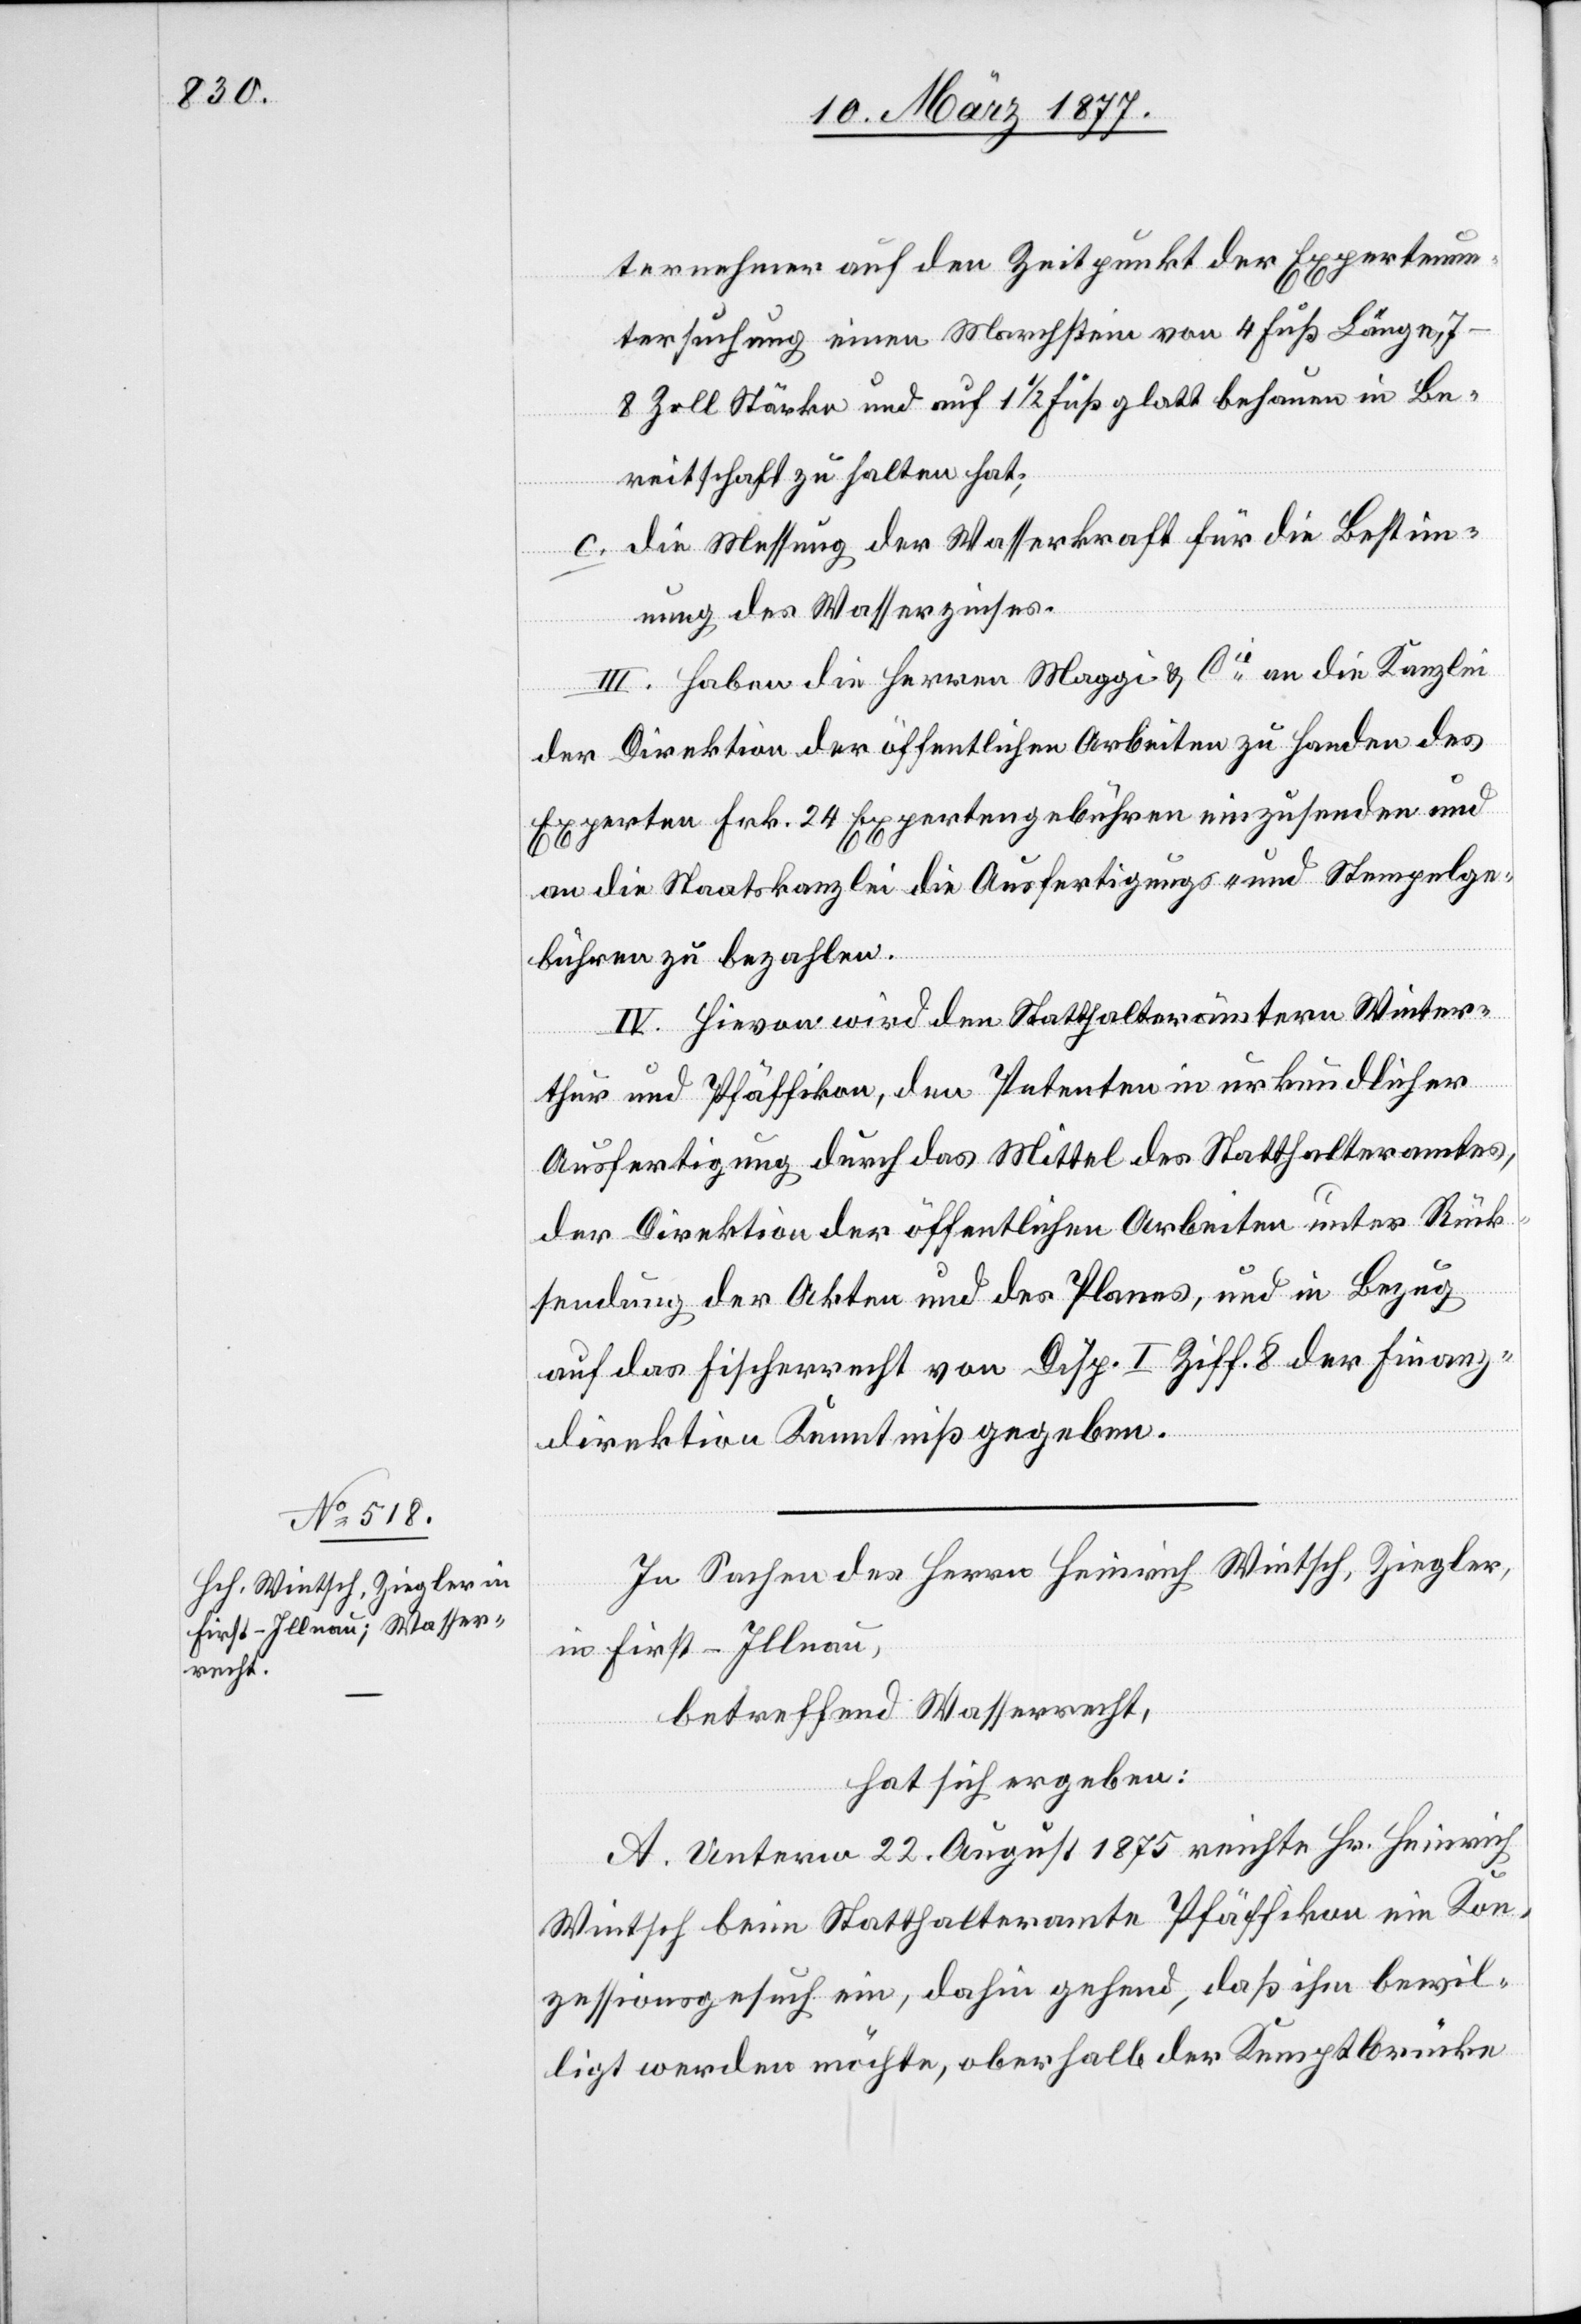
ternehmer auf den Zeitpunkt der Expertenun¬
tersuchung einen Marchstein von 4 Fuß Länge,
7–8 Zoll Stärke und auf 1 1/2 Fuß glatt behauen in Be¬
reitschaft zu halten hat;
c. die Messung der Wasserkraft für die Bestim¬
mung des Wasserzinses.
III. Haben die Herren Maggi & Cie an die Kanzlei
der Direktion der öffentlichen Arbeiten zu Handen des
Experten Frk. 24 Expertengebühren einzusenden und
an die Staatskanzlei die Ausfertigungs- und Stempelge¬
bühren zu bezahlen.
IV. Hievon wird den Statthalterämtern Winter¬
thur und Pfäffikon, den Petenten in urkundlicher
Ausfertigung durch das Mittel des Statthalteramtes,
der Direktion der öffentlichen Arbeiten unter Rück¬
sendung der Akten und des Planes, und in Bezug
auf das Fischerrecht von Disp. I Ziff. 8 der Finanz¬
direktion Kenntniß gegeben.
In Sachen des Herrn Heinrich Wintsch, Ziegler,
in First - Illnau,
betreffend Wasserrecht,
hat sich ergeben:
A. Unterm 22. August 1875 reichte Hr. Heinrich
Wintsch beim Statthalteramte Pfäffikon ein Kon¬
zessionsgesuch ein, dahin gehend, daß ihm bewil¬
ligt werden möchte, oberhalb der Kemptbrücke